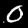
Digit: 0